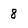
Character: 8